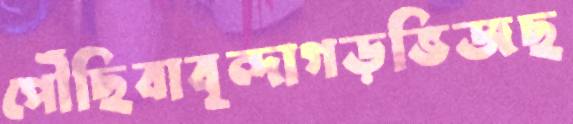
পৌঁছিবাবৃন্দাগড়ভিজছ